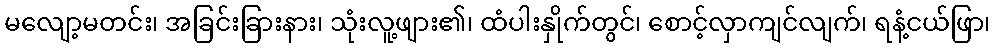
မလျော့မတင်း၊ အခြင်းခြားနား၊ သုံးလူ့ဖျား၏၊ ထံပါးနှိုက်တွင်၊ စောင့်လှာကျင်လျက်၊ ရနံ့ငယ်ဖြာ၊